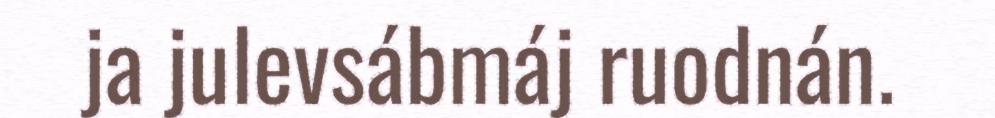
ja julevsábmáj ruodnán.